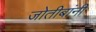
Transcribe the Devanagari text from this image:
जोतीबांनी